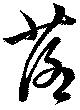
落